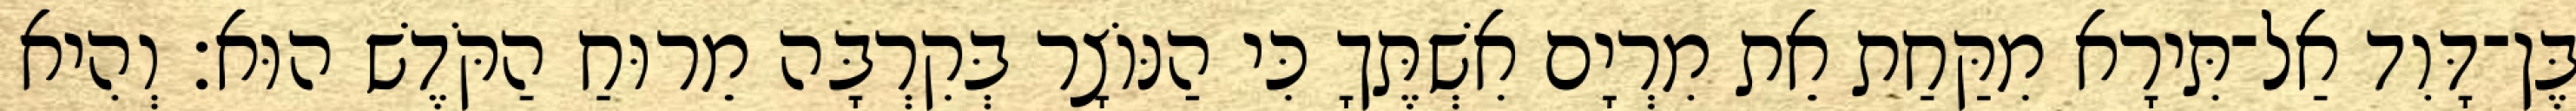
בֶּן־דָּוִד אַל־תִּירָא מִקַּחַת אֵת מִרְיָם אִשְׁתֶּךָ כִּי הַנּוֹצָר בְּקִרְבָּה מֵרוּחַ הַקֹּדֶשׁ הוּא׃ וְהִיא